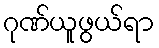
ဂုဏ်ယူဖွယ်ရာ